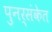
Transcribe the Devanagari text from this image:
पुनर्संकेत